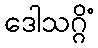
ဒေါသဂ္ဂိံ